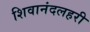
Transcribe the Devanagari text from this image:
शिवानंदलहरी